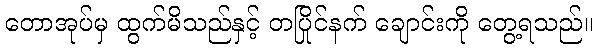
တောအုပ်မှ ထွက်မိသည်နှင့် တပြိုင်နက် ချောင်းကို တွေ့ရသည်။